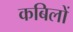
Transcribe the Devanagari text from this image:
कबिलों